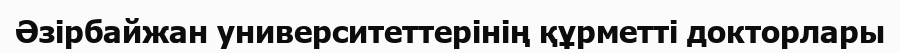
Әзірбайжан университеттерінің құрметті докторлары